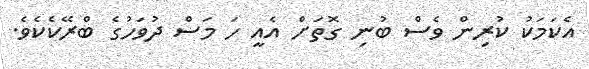
އެކަމަކު ކުރިން ވެސް ބުނި ގޮތަށް އެއީ ހަ މަސް ދުވަހުގެ ބްރޭކެކެވެ.